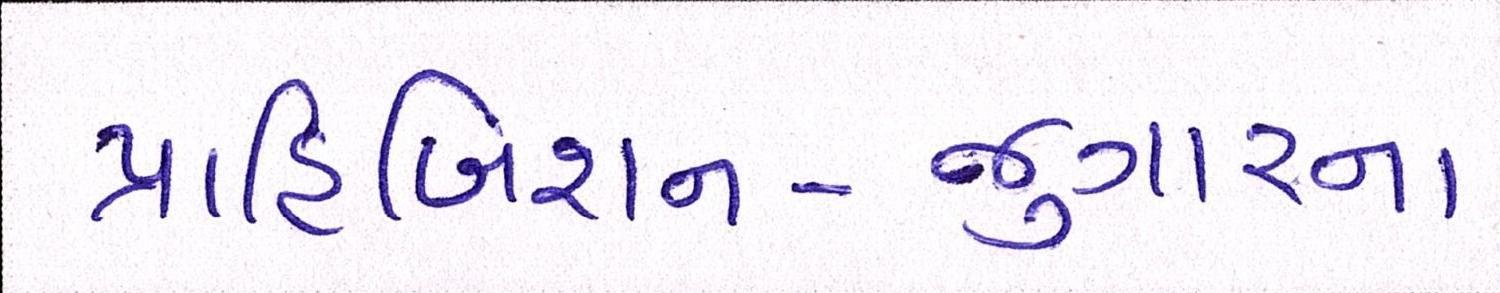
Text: પ્રાહિબિશન-જુગારના